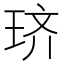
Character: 𫞦